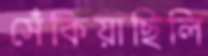
সেঁকিয়াছিলি